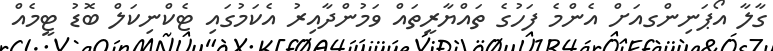
ގާލާ އޯޕަނިންގއަށް އެންމެ ފަހުގެ ތައްޔާރީތައް ވަމުންދާއިރު އެކަމުގައި ޓެކްނިކަލް ބޮޑު ޓީމެއް